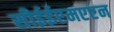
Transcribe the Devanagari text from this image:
सीईईएमएएन